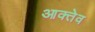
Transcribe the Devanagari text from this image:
आक्तेव